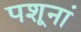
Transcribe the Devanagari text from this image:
पशूनां